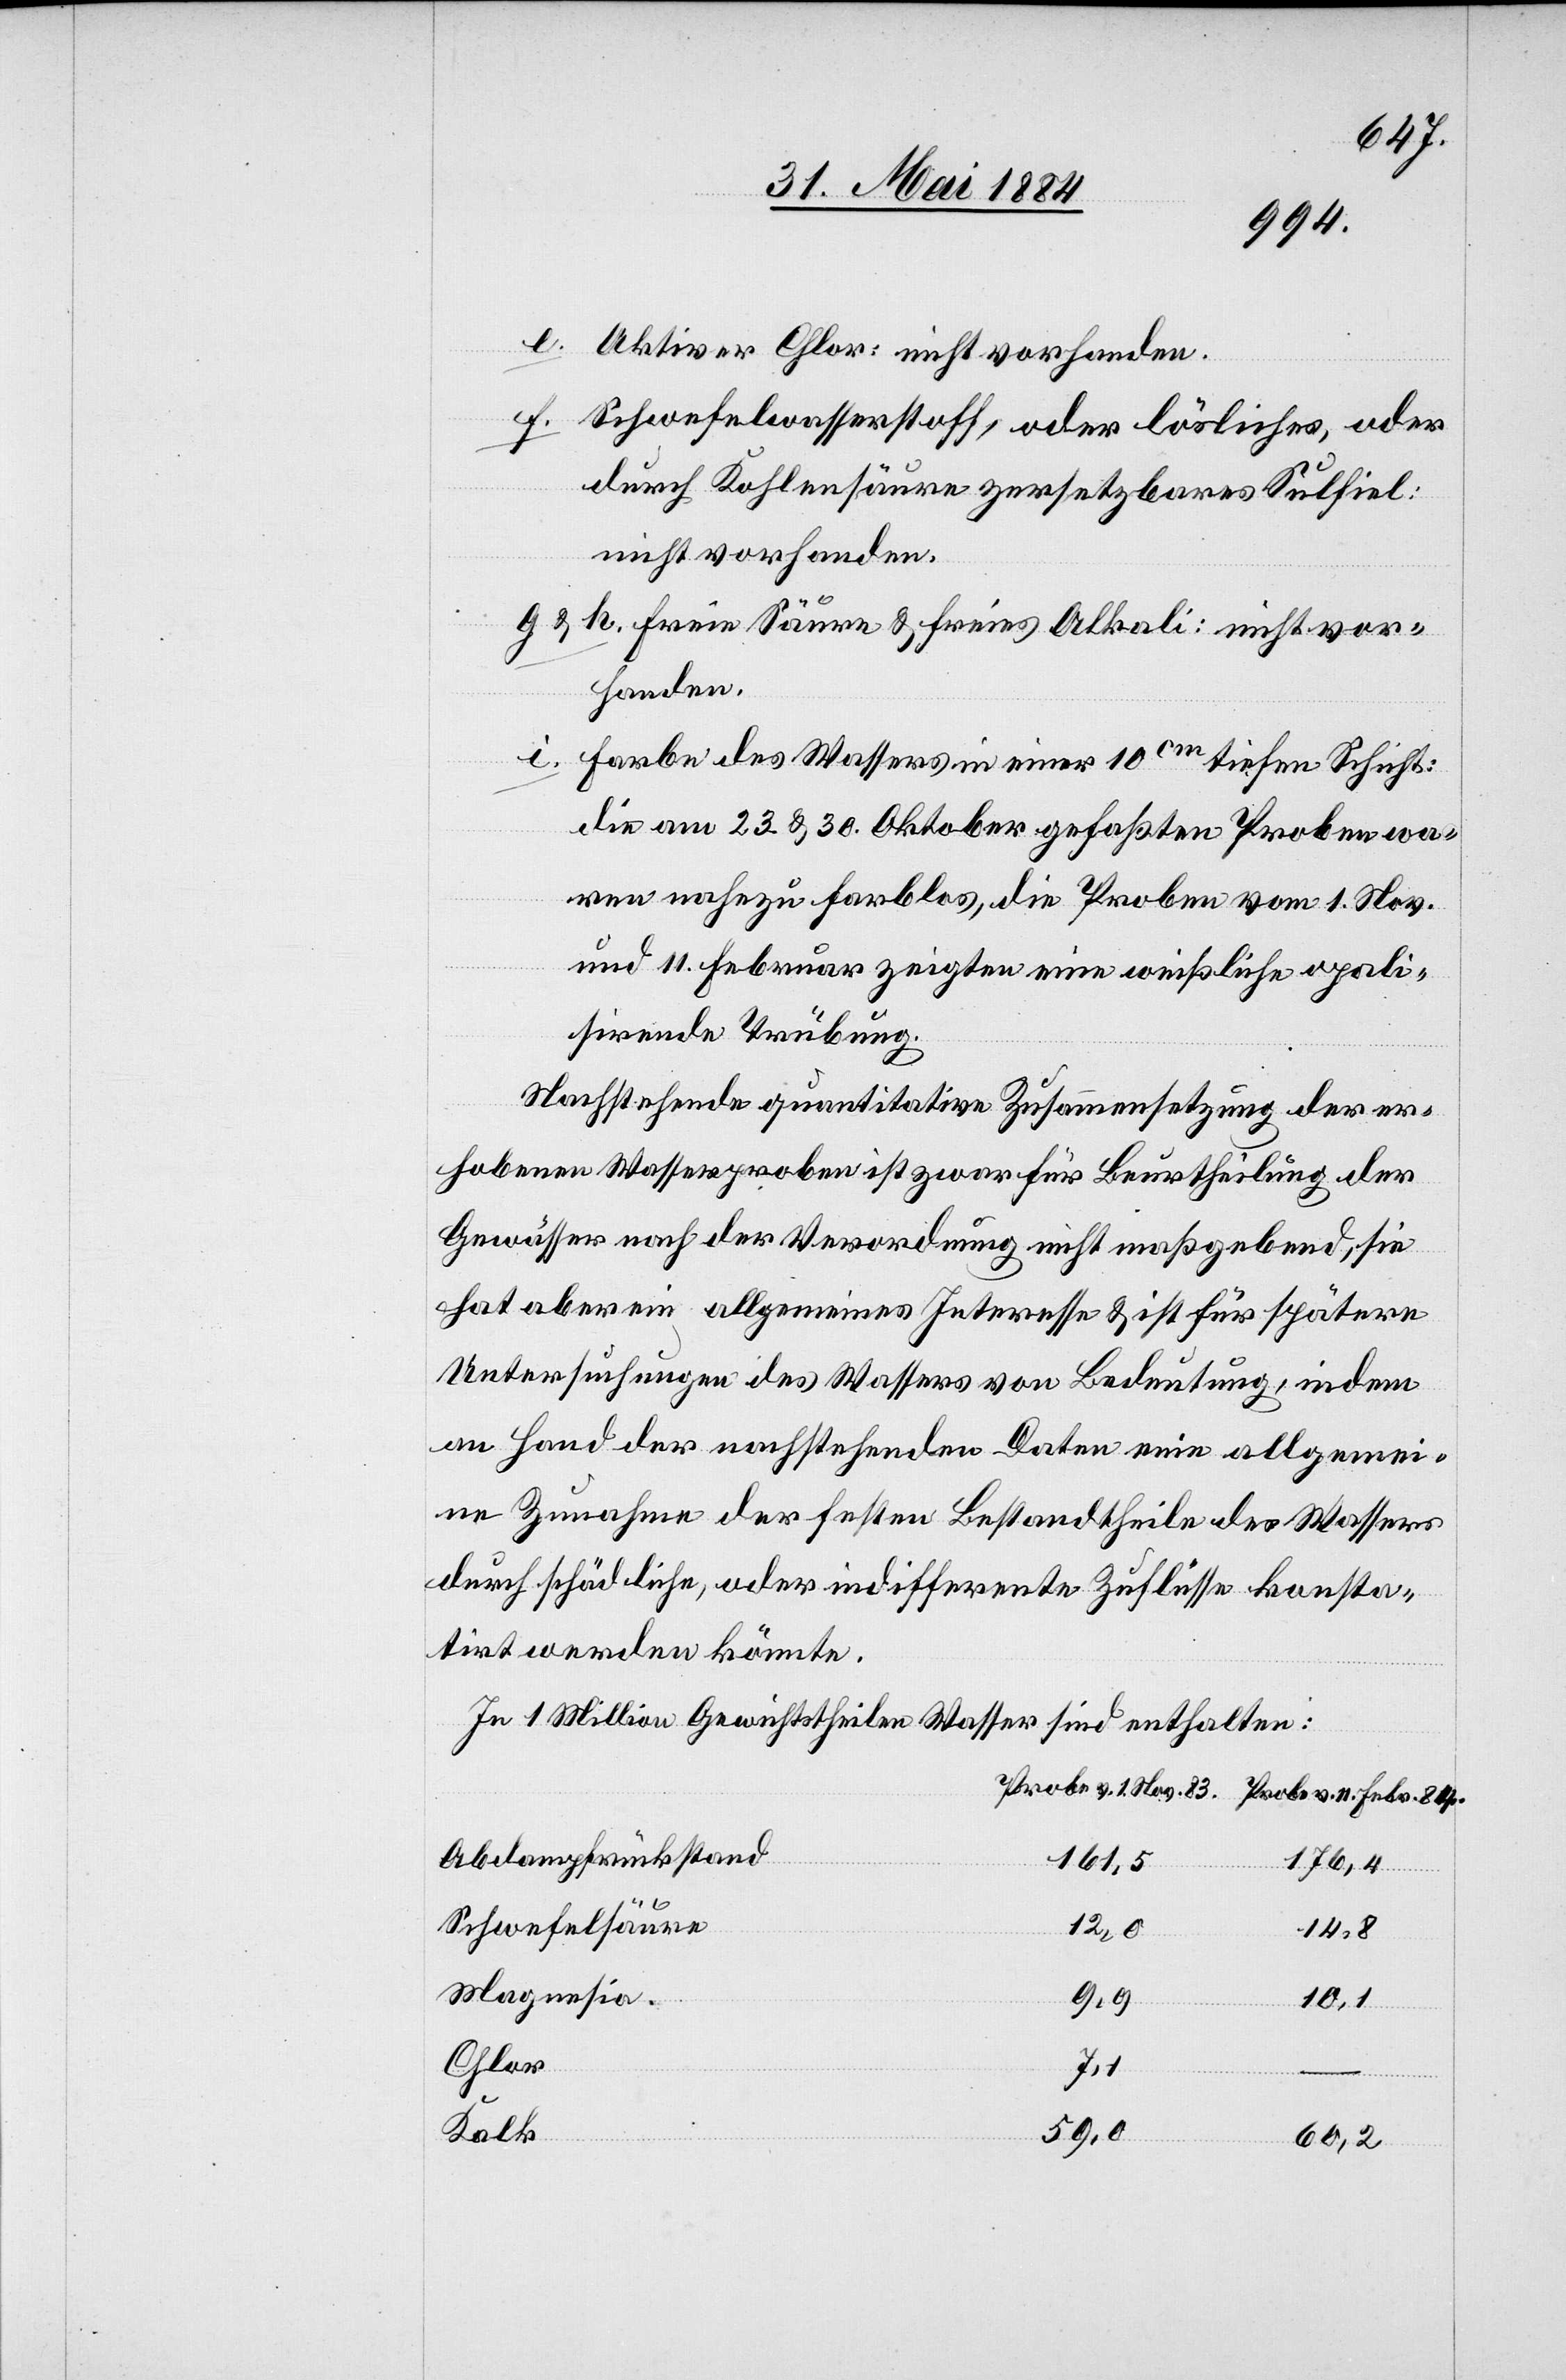
84.
e. Aktiver Chlor: nicht vorhanden.
f. Schwefelwasserstoff, oder lösliches, oder
durch Kohlensäuren zersetzbares Sulfiel
nicht vorhanden.
g & h. freie Säure & freies Alkali: nicht vor¬
handen.
i. Farbe des Wassers in einer 10cm tiefen Schicht:
die am 23. & 30. Oktober gefaßten Proben wa¬
ren nahezu farblos, die Proben vom 1. Nov.
und 11. Februar zeigten eine weißliche opali¬
sirende Trübung.
Nachstehende quantitative Zusammensetzung der er¬
hobenen Wasserproben ist zwar für Beurtheilung der
Gewässer nach der Verordnung nicht maßgebend, sie
hat aber ein allgemeines Interesse & ist für spätere
Untersuchungen des Wassers von Bedeutung, indem
an Hand der nachstehenden Daten eine allgemei¬
ne Zunahme der festen Bestandtheile des Wassers
durch schädliche, oder indifferente Zuflüsse konsta¬
tirt werden könnte.
In 1 Million Gewichtstheilen Wasser sind enthalten:
Abdampfrückstand
161,5
176,4
Febr.
Schwefelsäure
12,0
14,8
Magnesia
9,9
10,1
Chlor
Kalk
59,0
60,2